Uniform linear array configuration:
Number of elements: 64
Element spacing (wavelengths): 0.75
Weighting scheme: hann
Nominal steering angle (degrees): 30
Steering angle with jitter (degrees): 29.572
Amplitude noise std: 0.05
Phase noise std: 0.05

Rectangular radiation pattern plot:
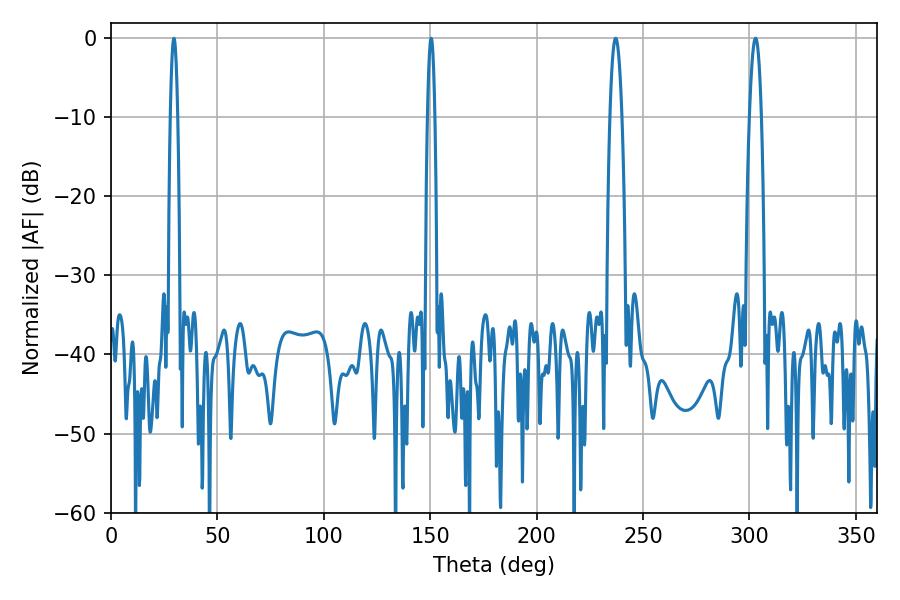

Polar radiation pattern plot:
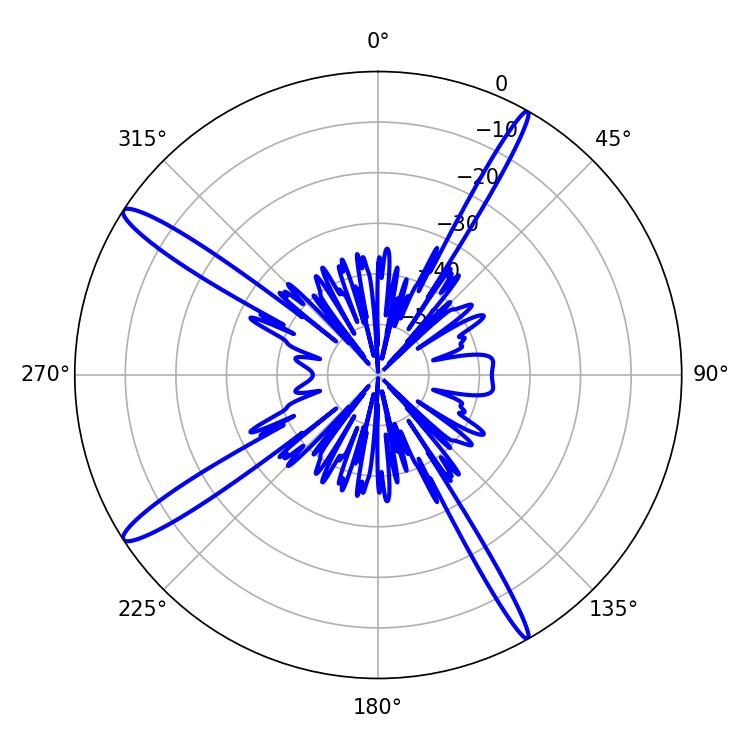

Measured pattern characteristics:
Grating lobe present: TRUE
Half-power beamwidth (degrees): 3.06
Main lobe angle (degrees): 237.06